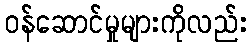
ဝန်ဆောင်မှုများကိုလည်း